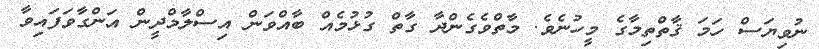
ނުވިޔަސް ހަމަ ޤާތްތިމާގެ މީހުނެވެ. މާތްވެގެންދާ ގާތް ގުޅުމެއް ބާއްވަން އިސްލާމްދީން އަންގާވަފައިވާ